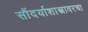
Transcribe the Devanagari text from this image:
सौंदर्याशास्त्रावरचा